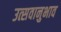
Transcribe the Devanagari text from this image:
उत्सवानुभाव